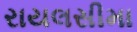
રાયલસીમા